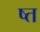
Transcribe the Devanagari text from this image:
ष्त